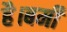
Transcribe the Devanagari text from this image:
है।बर्मी